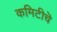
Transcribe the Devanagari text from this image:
कमिटीचॆ